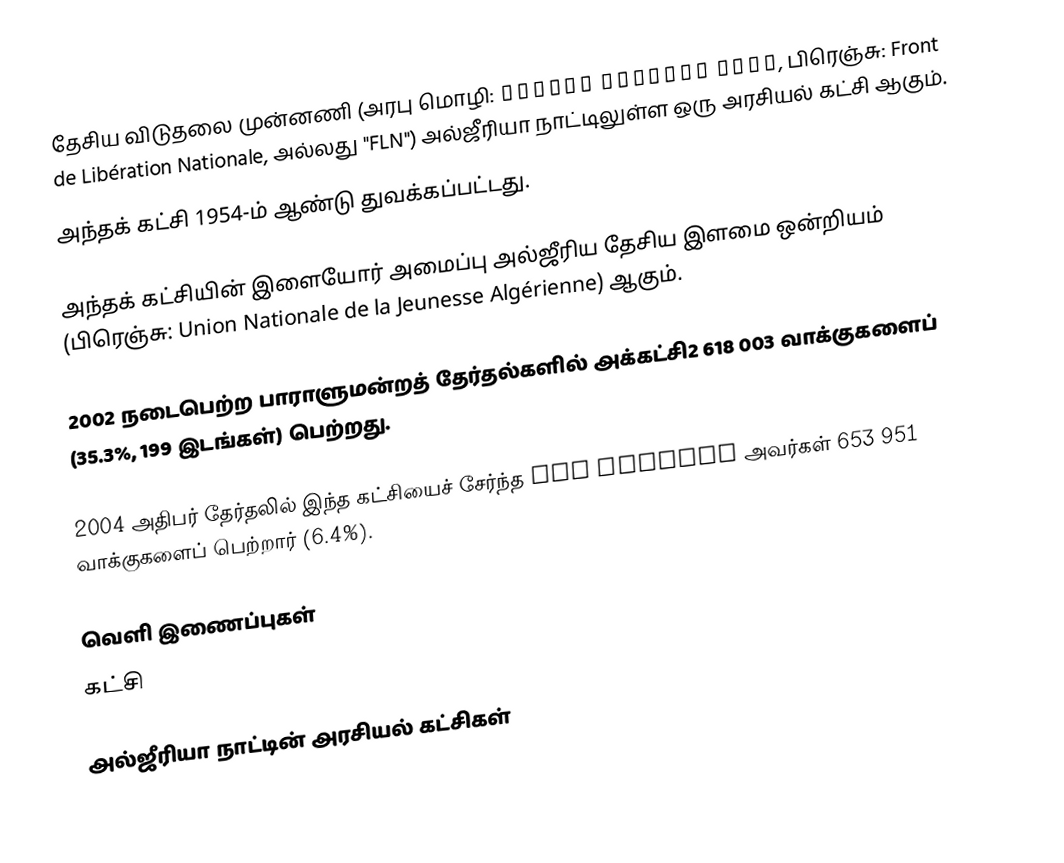
தேசிய விடுதலை முன்னணி (அரபு மொழி: جبهة التحرير الوطني, பிரெஞ்சு: Front de Libération Nationale, அல்லது "FLN") அல்ஜீரியா நாட்டிலுள்ள ஒரு அரசியல் கட்சி ஆகும்.
அந்தக் கட்சி 1954-ம் ஆண்டு துவக்கப்பட்டது.

அந்தக் கட்சியின் இளையோர் அமைப்பு அல்ஜீரிய தேசிய இளமை ஒன்றியம் (பிரெஞ்சு: Union Nationale de la Jeunesse Algérienne) ஆகும்.

2002 நடைபெற்ற பாராளுமன்றத் தேர்தல்களில் அக்கட்சி2 618 003 வாக்குகளைப் (35.3%, 199 இடங்கள்) பெற்றது.

2004 அதிபர் தேர்தலில் இந்த கட்சியைச் சேர்ந்த Ali Benflis அவர்கள் 653 951 வாக்குகளைப் பெற்றார் (6.4%).

வெளி இணைப்புகள்
 கட்சி

அல்ஜீரியா நாட்டின் அரசியல் கட்சிகள்